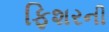
ફિશરની